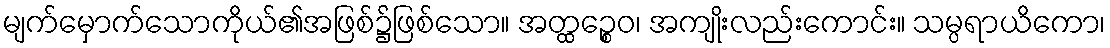
မျက်မှောက်သောကိုယ်၏အဖြစ်၌ဖြစ်သော။ အတ္ထဉ္စေဝ၊ အကျိုးလည်းကောင်း။ သမ္ပရာယိကော၊